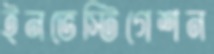
ইনভেস্টিগেশন